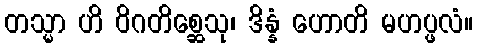
တသ္မာ ဟိ ဝိဂတိစ္ဆေသု၊ ဒိန္နံ ဟောတိ မဟပ္ဖလံ။